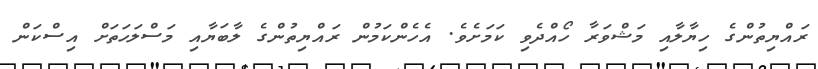
ރައްޔިތުންގެ ހިޔާލާއި މަޝްވަރާ ހޯއްދެވި ކަމަށެވެ. އެހެންކަމުން ރައްޔިތުންގެ ލާބަޔާއި މަސްލަހަތަށް އިސްކަން